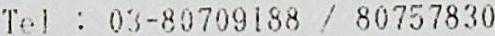
TEL : 03-80709188 / 80757830